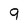
Character: 9